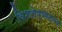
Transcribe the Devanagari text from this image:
विशलेष्णात्मक